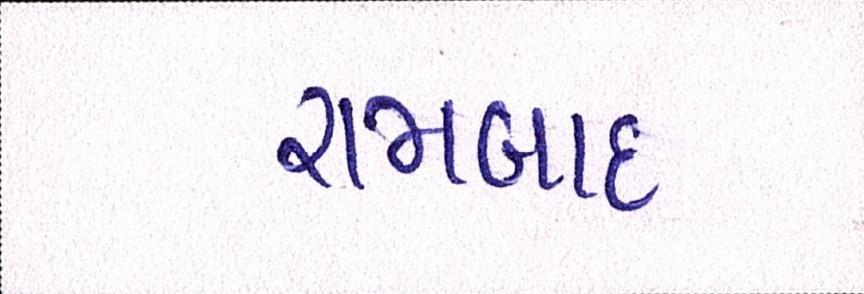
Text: રામબાદ